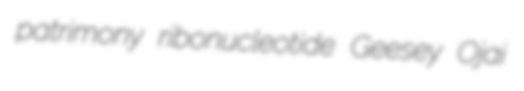
patrimony ribonucleotide Geesey Ojai